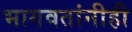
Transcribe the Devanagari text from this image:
भागवतांनीही